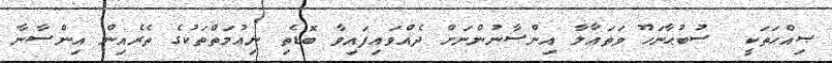
ޞިއްޙަތަކީ  ސުބުޙާނަހޫ ވަތަޢާލާ އިންސާނުންނަށް ދެއްވައިފައިވާ ބޮޑެތި ނިޢުމަތްތަކުގެ ތެރެއިން އިންސާނާ